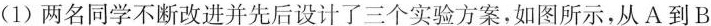
(1)两名同学不断改进并先后设计了三个实验方案，如图所示，从A到B